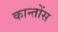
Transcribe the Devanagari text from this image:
कान्तोंस